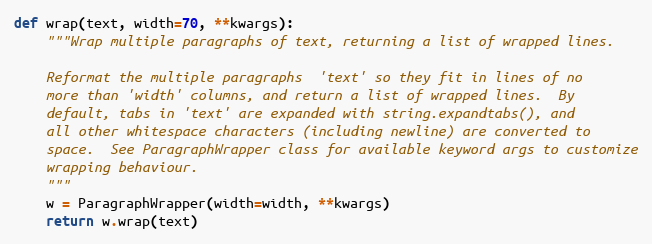
Language: Python
def wrap(text, width=70, **kwargs):
    """Wrap multiple paragraphs of text, returning a list of wrapped lines.

    Reformat the multiple paragraphs  'text' so they fit in lines of no
    more than 'width' columns, and return a list of wrapped lines.  By
    default, tabs in 'text' are expanded with string.expandtabs(), and
    all other whitespace characters (including newline) are converted to
    space.  See ParagraphWrapper class for available keyword args to customize
    wrapping behaviour.
    """
    w = ParagraphWrapper(width=width, **kwargs)
    return w.wrap(text)